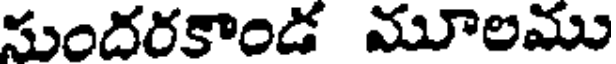
సుందరకాండ మూలము